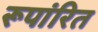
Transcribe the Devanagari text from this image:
रूपांरित